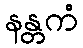
နန္တကံ